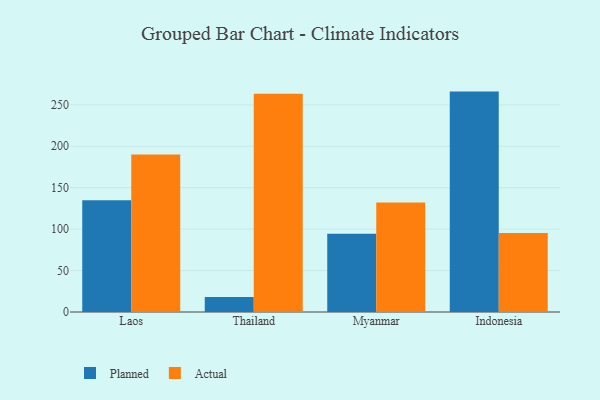
{"axis": {"x": "Country", "y": "Energy Usage (MWh)"}, "legend": ["Actual", "Planned"], "data": [{"x": "Laos", "y": 135.0, "type": "Planned"}, {"x": "Laos", "y": 190.2, "type": "Actual"}, {"x": "Thailand", "y": 18.0, "type": "Planned"}, {"x": "Thailand", "y": 263.3, "type": "Actual"}, {"x": "Myanmar", "y": 94.5, "type": "Planned"}, {"x": "Myanmar", "y": 132.2, "type": "Actual"}, {"x": "Indonesia", "y": 266.0, "type": "Planned"}, {"x": "Indonesia", "y": 95.4, "type": "Actual"}]}